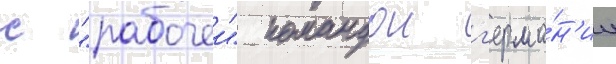
с "рабочеи" командои г'ерма́н'ии